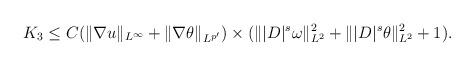
LaTeX: \begin{align*}K_3\leq C (\|\nabla u\|_{L^\infty}+\|\nabla\theta\|_{L^{p'}})\times(\||D|^s\omega\|_{L^2}^2+\||D|^s\theta\|_{L^2}^2+1).\end{align*}